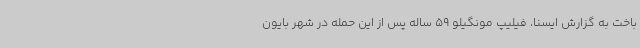
باخت به گزارش ایسنا، فیلیپ مونگیلو 59 ساله پس از این حمله در شهر بایون